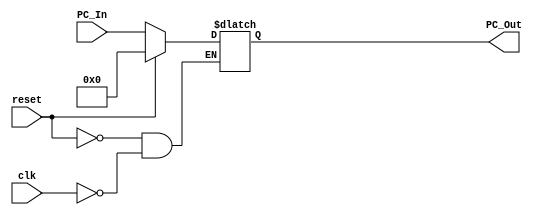
module ProgramCounter(
	input clk, reset,
	input [63:0] PC_In,
	output reg [63:0] PC_Out
);

	initial
	PC_Out = 64'b0;

	always@ (reset, clk)
	begin
	if (reset == 1'b1)
		PC_Out <= 64'b0;
	else if (clk == 1'b1)
		PC_Out <= PC_In;	
	end
	
endmodule